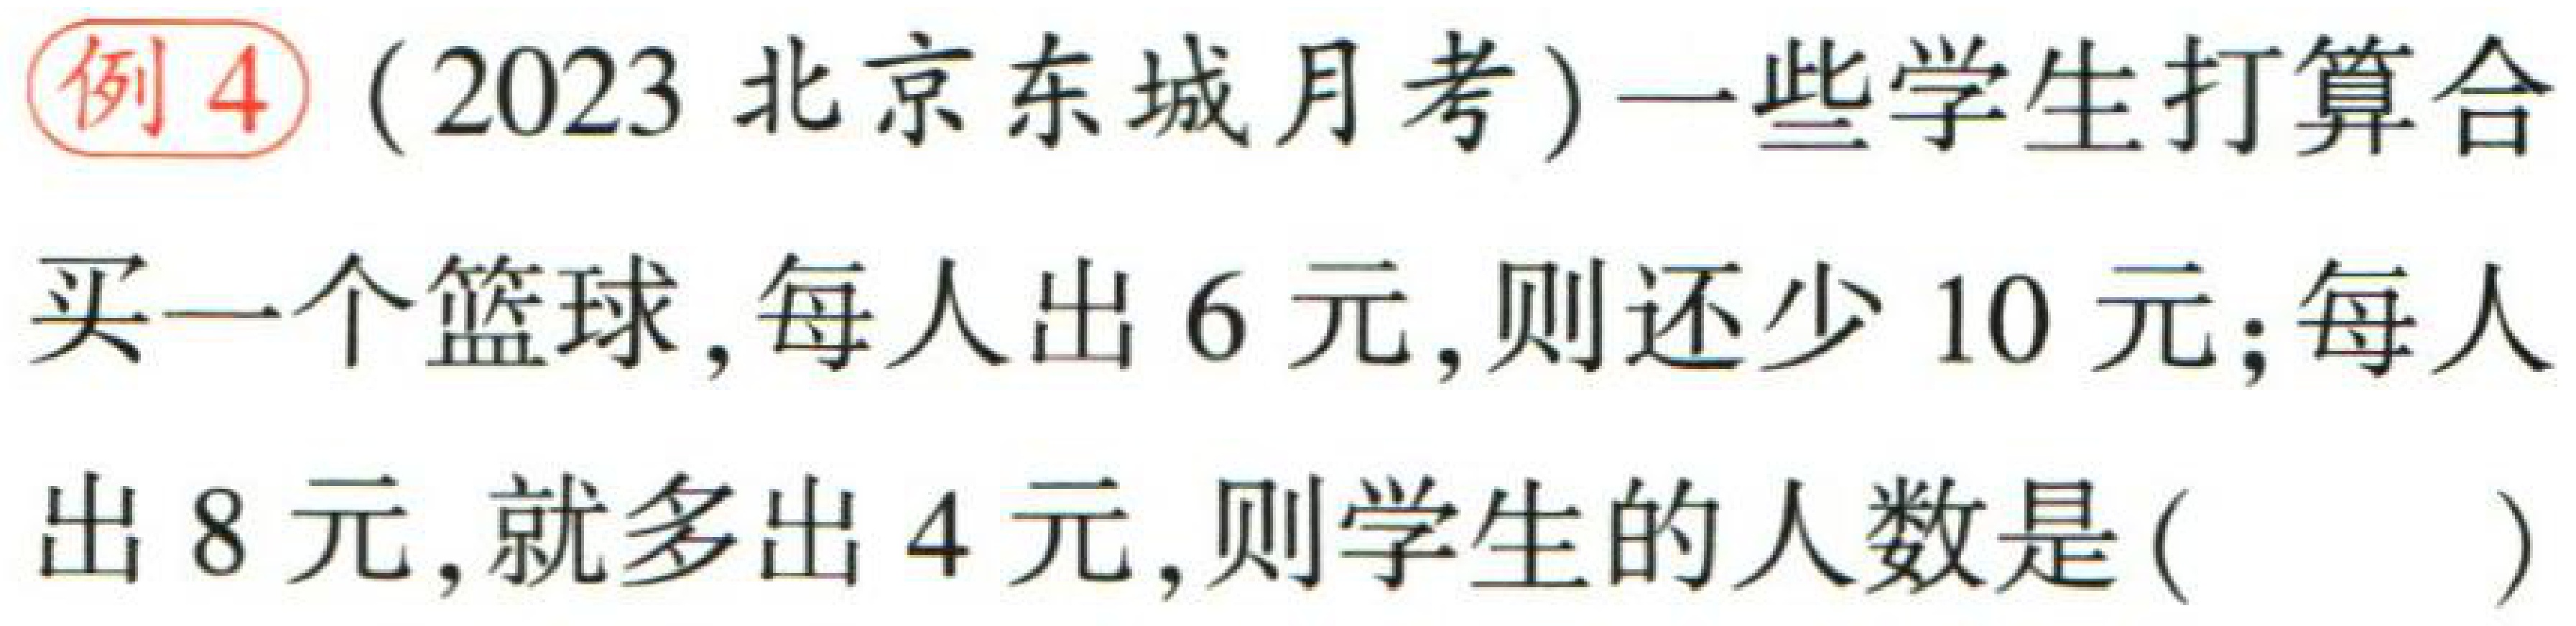
例4（2023 北京东城月考）一些学生打算合买一个篮球, 每人出 6 元, 则还少 10 元; 每人出 8 元, 就多出 4 元, 则学生的人数是( )